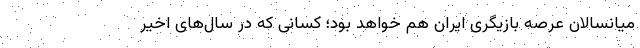
میانسالان عرصه بازیگری ایران هم خواهد بود؛ کسانی که در سال‌های اخیر